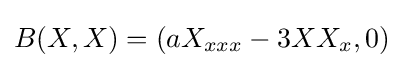
B(X,X)=(aX_{xxx}-3XX_{x},0)